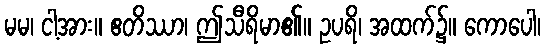
မမ၊ ငါ့အား။ ဧတိဿာ၊ ဤသီရိမာ၏။ ဥပရိ၊ အထက်၌။ ကောပေါ၊